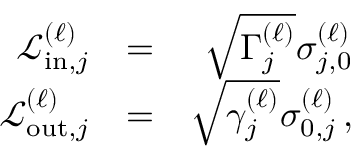
\begin{array} { r l r } { \mathcal { L } _ { \mathrm { i n } , j } ^ { ( \ell ) } } & { = } & { \sqrt { \Gamma _ { j } ^ { ( \ell ) } } \sigma _ { j , 0 } ^ { \left( \ell \right) } } \\ { \mathcal { L } _ { \mathrm { o u t } , j } ^ { ( \ell ) } } & { = } & { \sqrt { \gamma _ { j } ^ { ( \ell ) } } \sigma _ { 0 , j } ^ { \left( \ell \right) } \, , } \end{array}